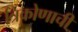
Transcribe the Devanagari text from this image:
त्रिकोणाची